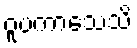
ဝူပကာသေသိ